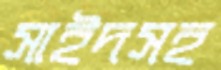
সাইদসহ